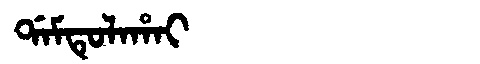
Manchu: ᡩᠠᠮᡨᡠᠯᠠᡥᠠᡳ
Romanization: DAMTULAHAI